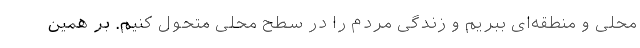
محلی و منطقه‌ای ببریم و زندگی مردم را در سطح محلی متحول کنیم. بر همین